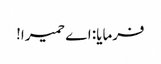
فرمایا: اے حمیرا!